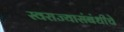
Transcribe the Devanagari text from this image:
स्वराज्यासंबंधीचे